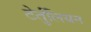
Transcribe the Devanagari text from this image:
टेर्तुलियन